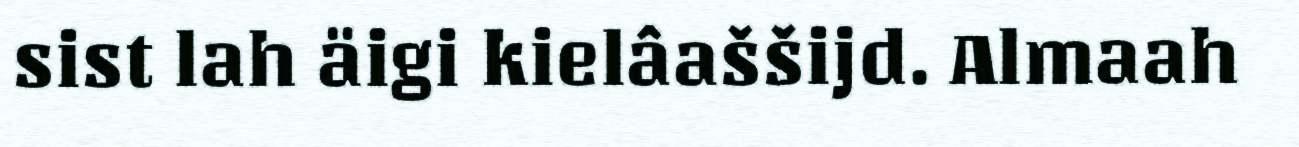
sist lah äigi kielâaššijd. Almaah